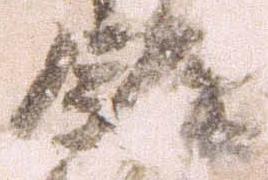
余